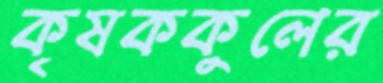
কৃষককুলের